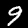
Digit: 9